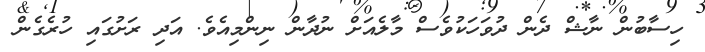
ހިސާބުން ނާޝް ދެން ދުވަހަކުވެސް މާލެއަށް ނުދާން ނިންމިއެވެ. އަދި ރަށުގައި ހުރެގެން